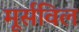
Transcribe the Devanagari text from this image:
मूर्सविल